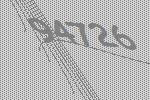
94726